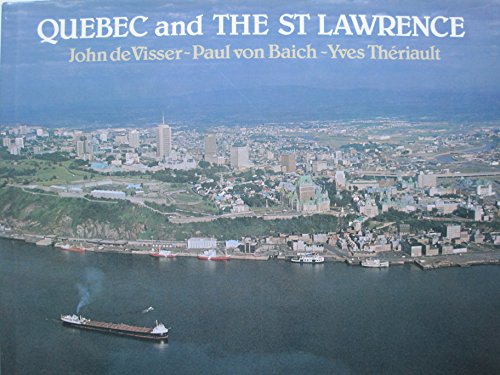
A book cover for Quebec And The St. Lawrence; John and Von Baich, Paul - Photographs; Introduction by Theriault, Yves De Visser; Literature & Fiction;